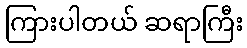
ကြားပါတယ် ဆရာကြီး